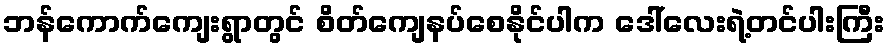
ဘန်ကောက်ကျေးရွာတွင် စိတ်ကျေနပ်စေနိုင်ပါက ဒေါ်လေးရဲ့တင်ပါးကြီး